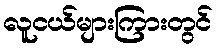
လူငယ်များကြားတွင်